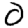
Digit: 0